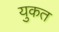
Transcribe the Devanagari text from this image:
युकत